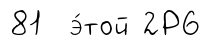
81 э́той 2Р6